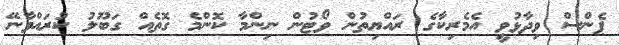
ޕެންސް ވިދާޅުވީ އެމެރިކާގެ ރައްޔިތުން ވޯޓުން ނިންމާ ކޮންމެ ގޮތެއް ގަބޫލު ކުރައްވާނޭ